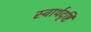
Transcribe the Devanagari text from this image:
स्वार्थदृष्टि